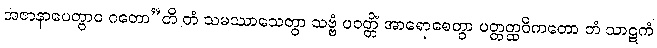
အဇာနာပေတွာဝ ဂတော”တိ တံ သမဿာသေတွာ သဗ္ဗံ ပဝတ္တိံ အာရောစေတွာ ပတ္တတ္ထဝိကတော တံ သာဋကံ